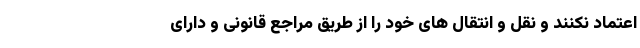
اعتماد نکنند و نقل و انتقال های خود را از طریق مراجع قانونی و دارای